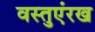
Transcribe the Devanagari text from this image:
वस्तुएंरख